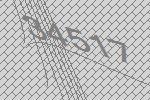
34517